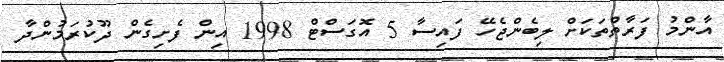
އާންމު ފަރާތްތަކަށް ލިބެންޖެހޭ ފައިސާ 5 އޮގަސްޓް 1998 އިން ފެށިގެން ދޫކުރަމުންދާ